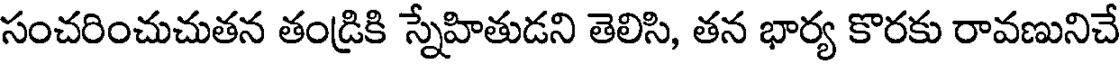
సంచరించుచుతన తండ్రికి స్నేహితుడని తెలిసి, తన భార్య కొరకు రావణునిచే